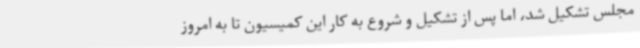
مجلس تشکیل شد، اما پس از تشکیل و شروع به کار این کمیسیون تا به امروز